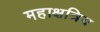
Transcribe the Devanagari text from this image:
महाक्षत्रिय